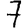
Digit: 7